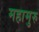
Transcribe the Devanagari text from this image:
महामुरु